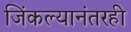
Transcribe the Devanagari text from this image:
जिंकल्यानंतरही